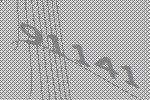
91141